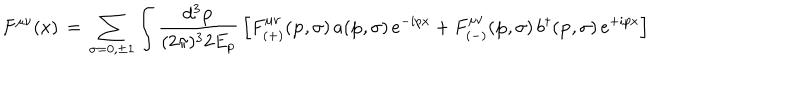
F ^ { \mu \nu } ( x ) \, = \, \sum _ { \sigma = 0 , \pm 1 } \int \frac { d ^ { 3 } { \bf p } } { ( 2 \pi ) ^ { 3 } 2 E _ { p } } \, \left[ F _ { ( + ) } ^ { \mu \nu } ( { \bf p } , \sigma ) \, a ( { \bf p } , \sigma ) \, e ^ { - i p x } + F _ { ( - ) } ^ { \mu \nu } ( { \bf p } , \sigma ) \, b ^ { \dagger } ( { \bf p } , \sigma ) \, e ^ { + i p x } \right]